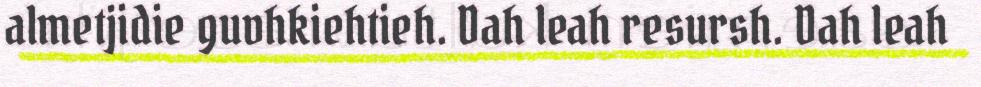
almetjidie guvhkiehtieh. Dah leah resursh. Dah leah